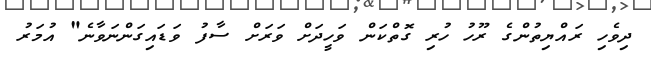
ދިވެހި ރައްޔިތުންގެ ރޫހު ހުރި ގޮތްކަން ވަހީދަށް ވަރަށް ސާފު ވަޑައިގަންނަވާނެ" އުމަރު